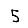
Digit: 5